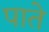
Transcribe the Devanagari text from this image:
पाते